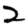
Digit: 2